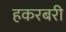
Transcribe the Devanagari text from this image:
हकरबरी